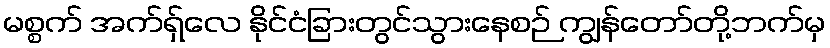
မစ္စက် အက်ရှ်လေ နိုင်ငံခြားတွင်သွားနေစဉ် ကျွန်တော်တို့ဘက်မှ